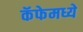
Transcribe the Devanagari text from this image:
कॅफेमध्ये